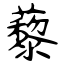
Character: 藜